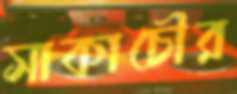
সাকাচৌর